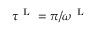
\tau ^ { \mathrm { ~ L ~ } } = \pi / \omega ^ { \mathrm { ~ L ~ } }